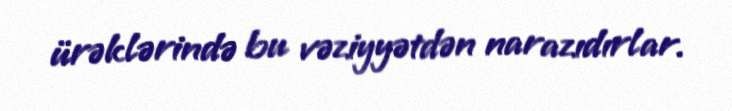
ürəklərində bu vəziyyətdən narazıdırlar.